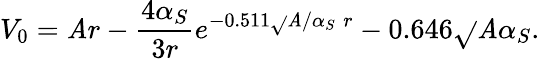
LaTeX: V_{0}=\mathit{A}r-\frac{{4\alpha_{S}}}{{3r}}e^{-0.511\sqrt{}{{\mathit{A}/\alpha_{S}}}\; r}-0.646\sqrt{}{{\mathit{A}\alpha_{S}}}.